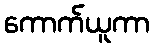
ကောက်ယူကာ